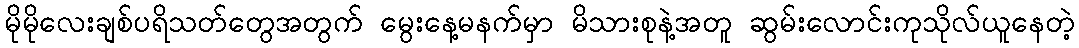
မိုမိုလေးချစ်ပရိသတ်တွေအတွက် မွေးနေ့မနက်မှာ မိသားစုနဲ့အတူ ဆွမ်းလောင်းကုသိုလ်ယူနေတဲ့